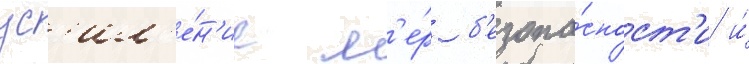
ус'ил'е́н'ие м'е́р б'езопа́сност'и и́